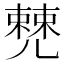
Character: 𠒹